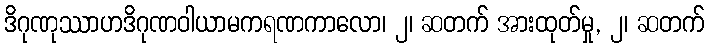
ဒိဂုဏုဿာဟဒိဂုဏဝါယာမကရဏကာလော၊ ၂၊ ဆတက် အားထုတ်မှု, ၂၊ ဆတက်